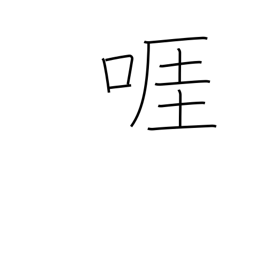
Meaning: wrangle